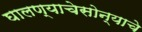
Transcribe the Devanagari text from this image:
घालण्याचेसोन्याचे